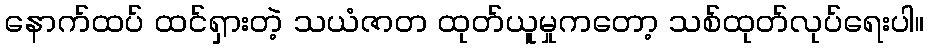
နောက်ထပ် ထင်ရှားတဲ့ သယံဇာတ ထုတ်ယူမှုကတော့ သစ်ထုတ်လုပ်ရေးပါ။